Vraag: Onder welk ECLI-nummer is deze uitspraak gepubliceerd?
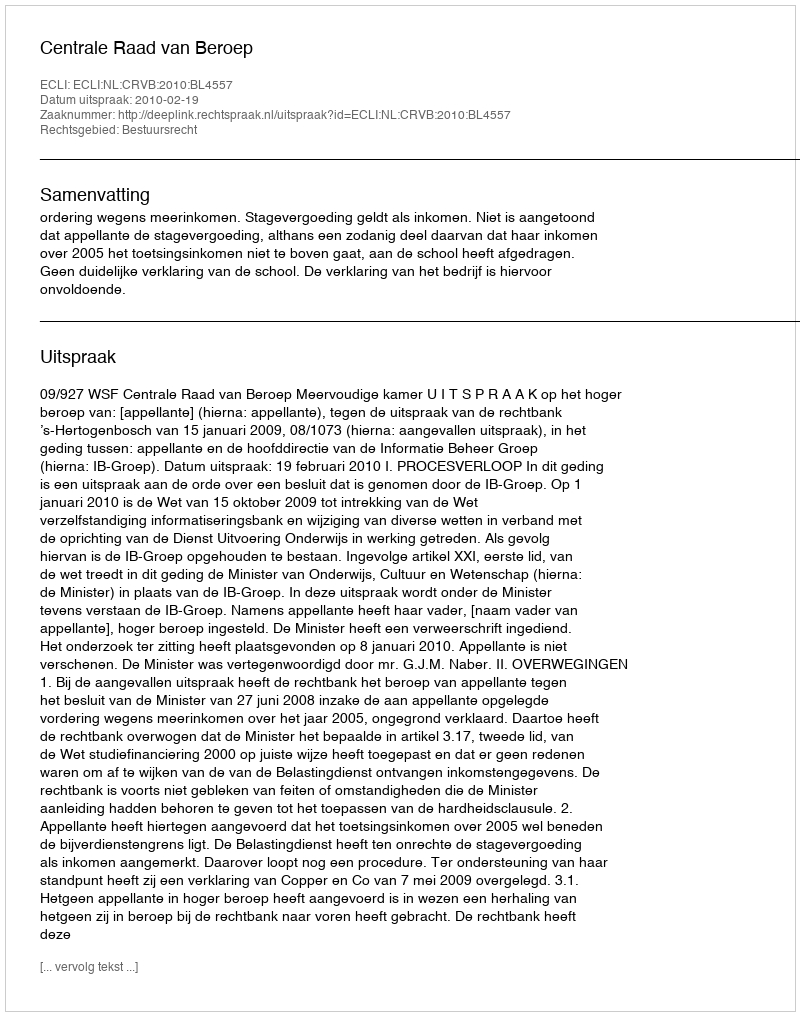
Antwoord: ECLI:NL:CRVB:2010:BL4557